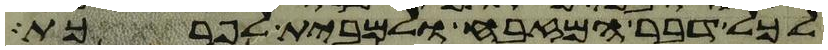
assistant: לכל דבר המזבח ולמבית לפרכת